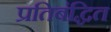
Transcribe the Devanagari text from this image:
प्रतिबंद्धित